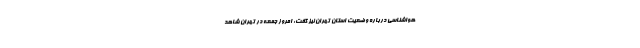
هواشناسی درباره وضعیت استان تهران نیز گفت: امروز جمعه در تهران شاهد